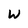
Character: W